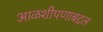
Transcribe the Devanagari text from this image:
आळशीपणाबद्दल